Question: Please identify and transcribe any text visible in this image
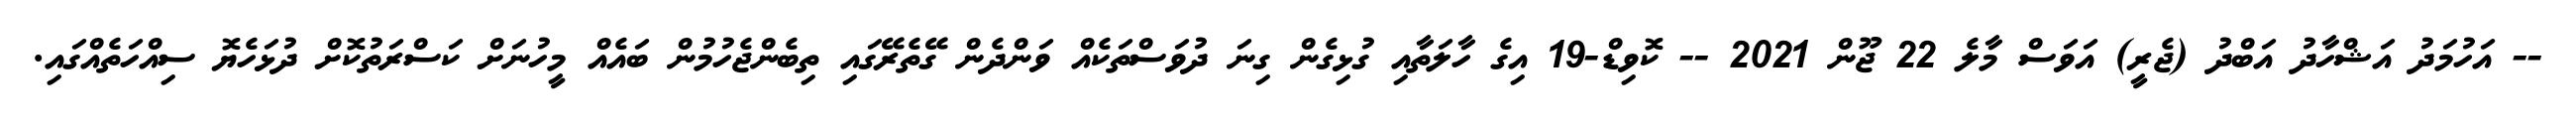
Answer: -- އަހުމަދު އަޝްހާދު އަބްދު (ޖެރީ) އަވަސް މާލެ 22 ޖޫން 2021 -- ކޮވިޑް-19 އިގެ ހާލަތާއި ގުޅިގެން ގިނަ ދުވަސްތަކެއް ވަންދެން ގޭތެރޭގައި ތިބެންޖެހުމުން ބައެއް މީހުނަށް ކަސްރަތުކޮށް ދުޅަހެޔޮ ސިއްހަތެއްގައި.